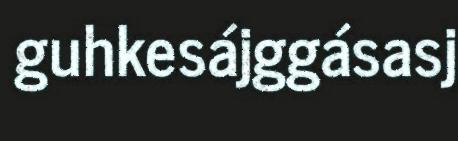
guhkesájggásasj